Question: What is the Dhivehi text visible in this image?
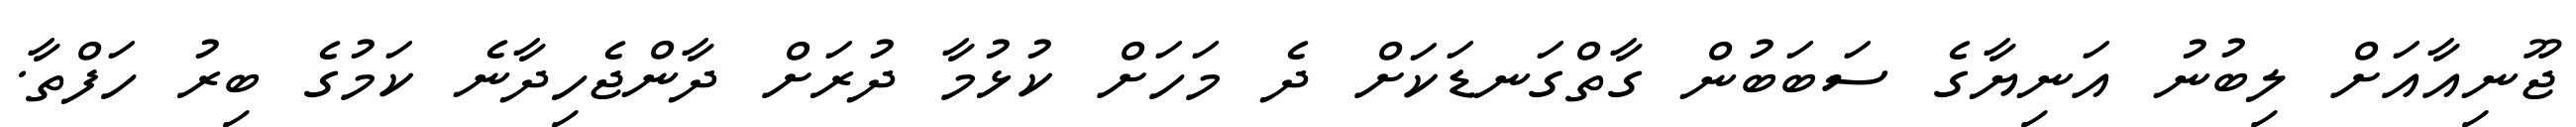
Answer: ޖޫނިއާއަށް ލިބުނު އަނިޔާގެ ސަބަބުން ގާތްގަނޑަކަށް ދެ މަހަށް ކުޅުމާ ދުރަށް ދާންޖެހިދާނެ ކަމުގެ ބިރު ހަފްތާ.